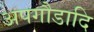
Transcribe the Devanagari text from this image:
अपगौडादि